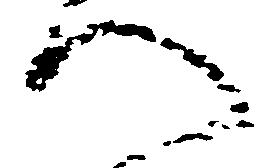
へ